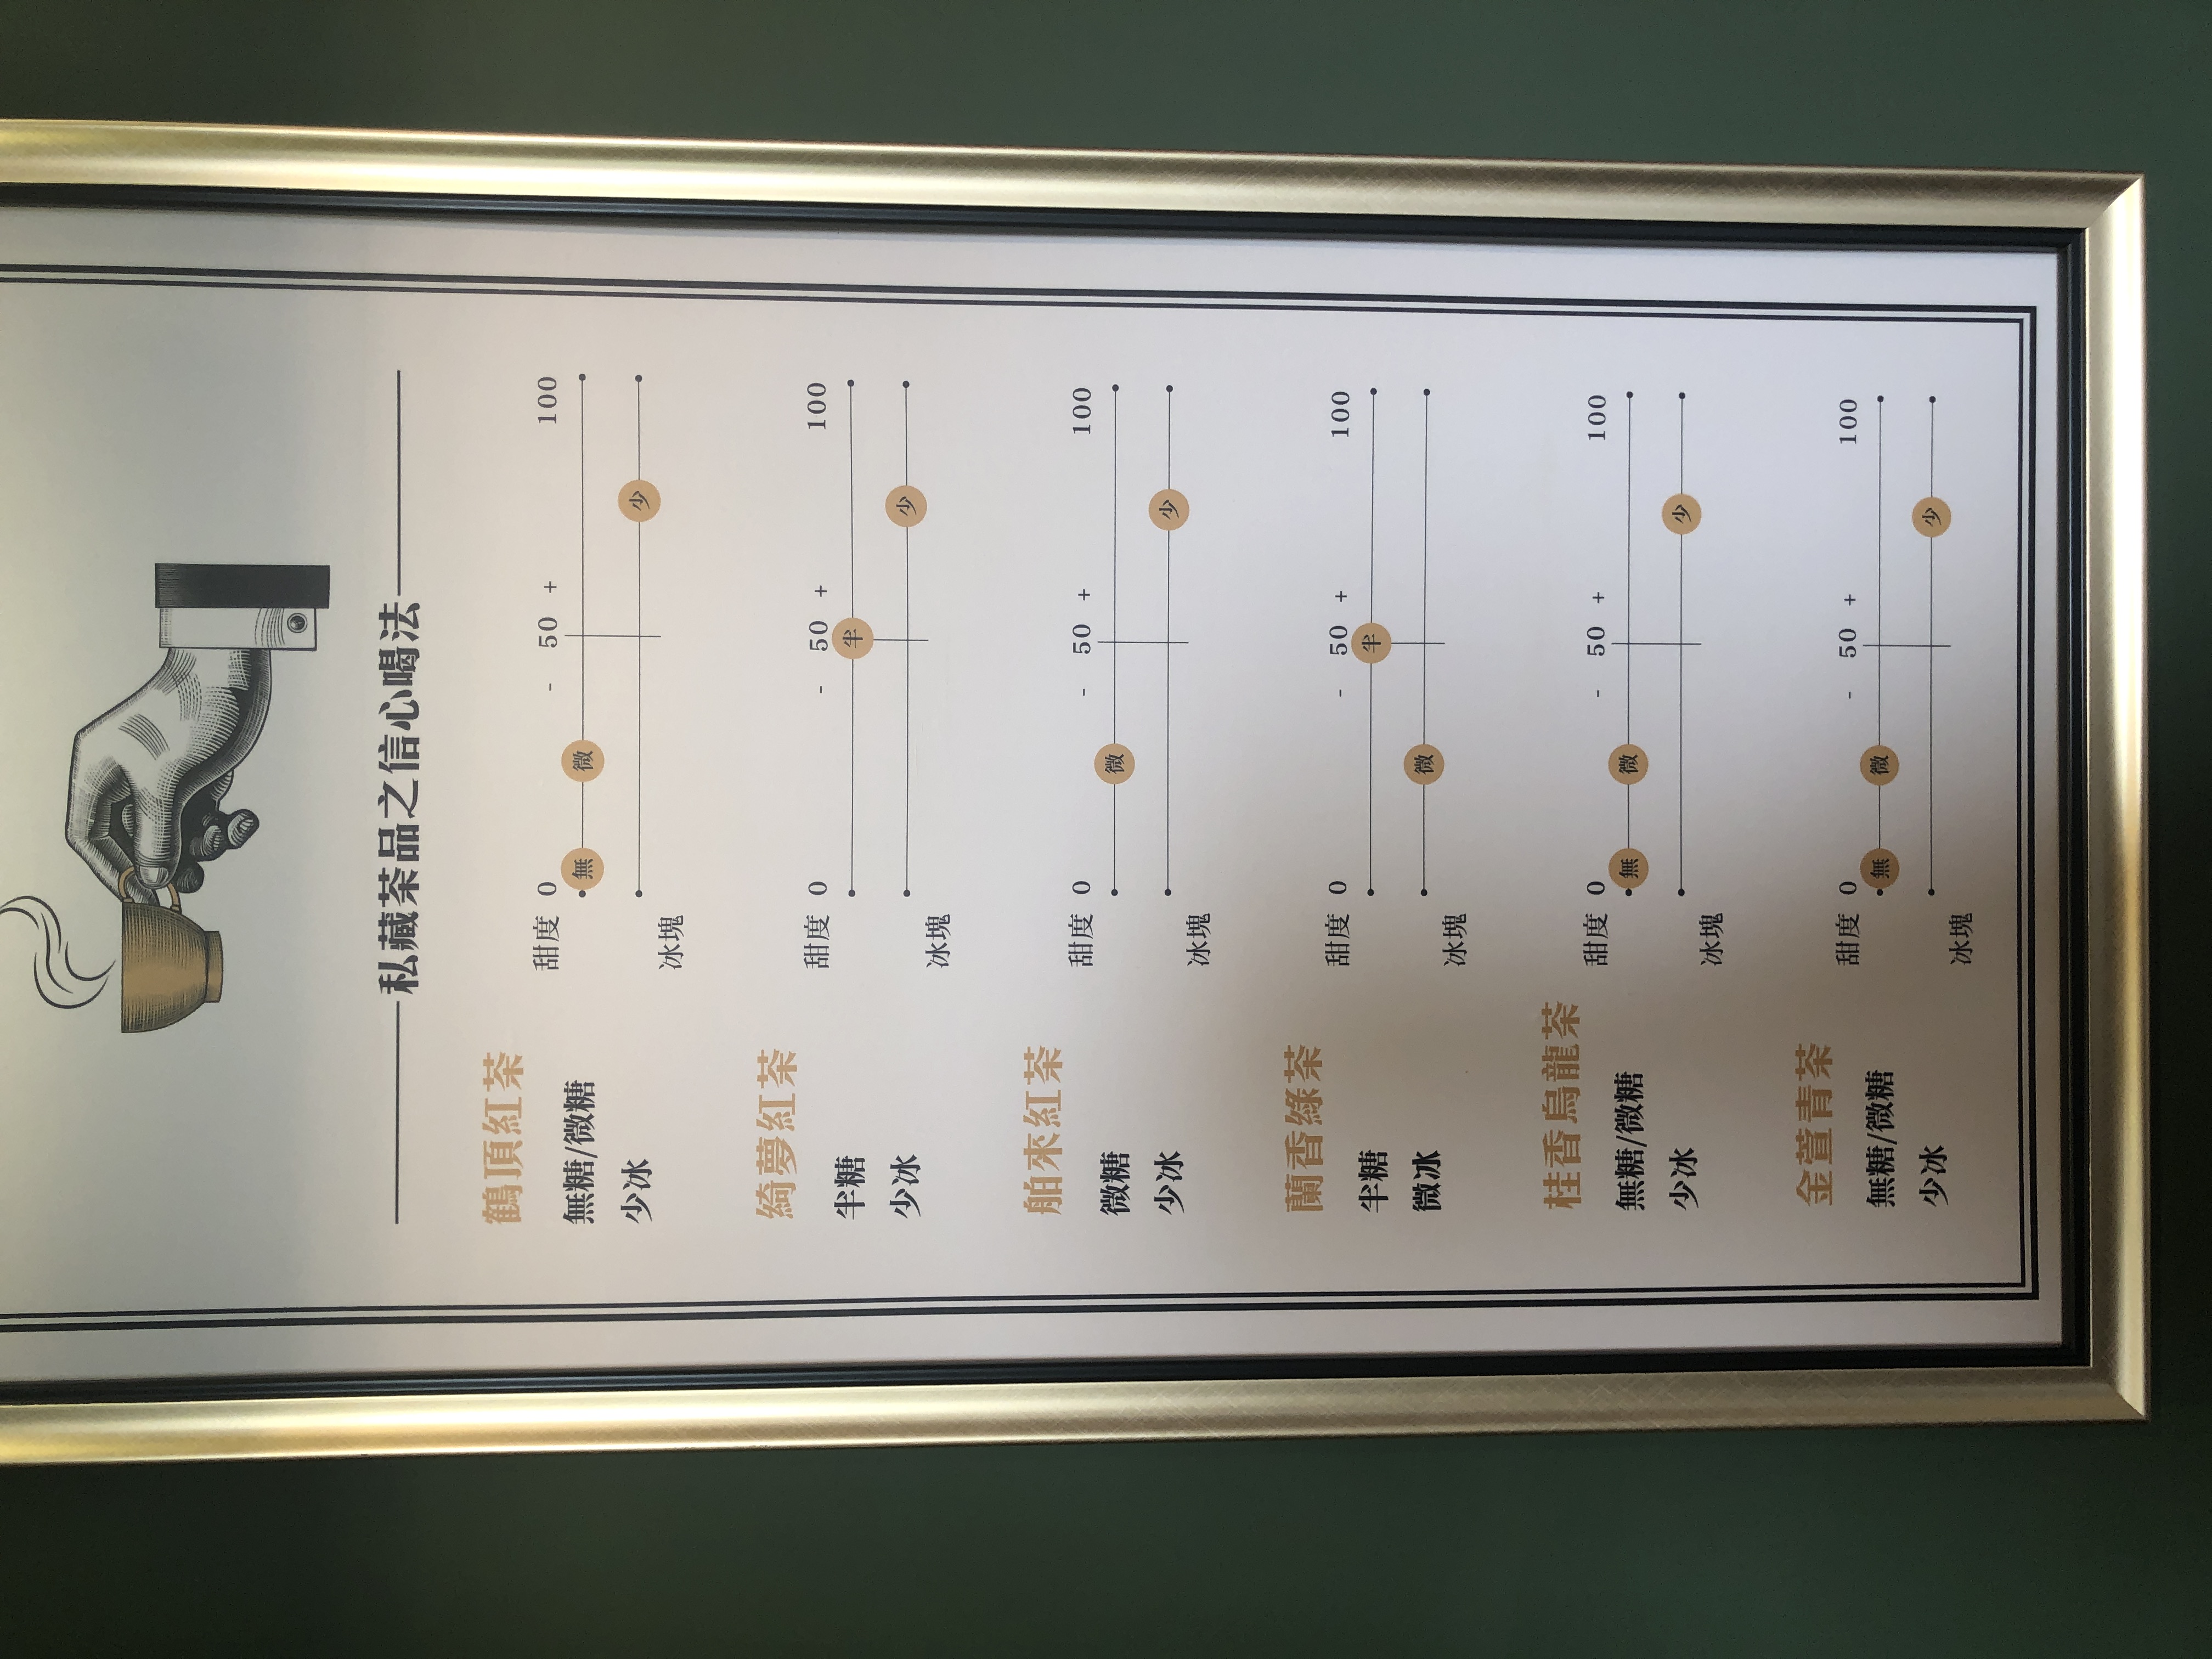
菜單：
name: 鶴頂紅茶
price: 100
name: 綺夢紅茶
price: 100
name: 舶來紅茶
price: 100
name: 蘭香綠茶
price: 100
name: 桂香烏龍茶
price: 100
name: 金萱青茶
price: 100